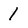
Character: 1